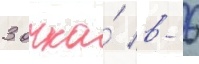
3 очка́ в 6